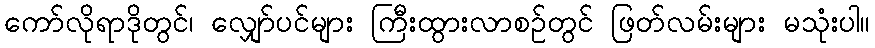
ကော်လိုရာဒိုတွင်၊ လျှော်ပင်များ ကြီးထွားလာစဉ်တွင် ဖြတ်လမ်းများ မသုံးပါ။